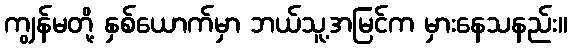
ကျွန်မတို့ နှစ်ယောက်မှာ ဘယ်သူ့အမြင်က မှားနေသနည်း။